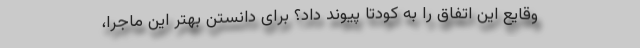
وقایع این اتفاق را به کودتا پیوند داد؟ برای دانستن بهتر این ماجرا،